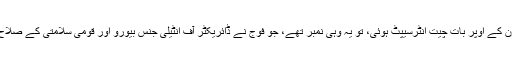
جب 26/11 کا واقعہ ہو گیا اور فون کے اوپر بات چیت انٹرسیپٹ ہوئی، تو یہ وہی نمبر تھے، جو فوج نے ڈائریکٹر آف انٹیلی جنس بیورو اور قومی سلامتی کے صلاح کار کو فوج نے مہیا کرائے تھے۔